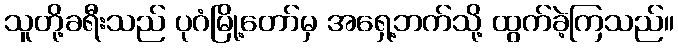
သူတို့ခရီးသည် ပုဂံမြို့တော်မှ အရှေ့ဘက်သို့ ထွက်ခဲ့ကြသည်။